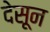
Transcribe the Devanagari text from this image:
देसून